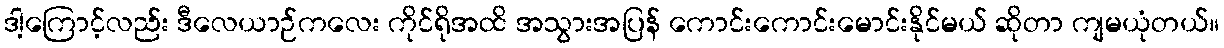
ဒါ့ကြောင့်လည်း ဒီလေယာဉ်ကလေး ကိုင်ရိုအထိ အသွားအပြန် ကောင်းကောင်းမောင်းနိုင်မယ် ဆိုတာ ကျမယုံတယ်။